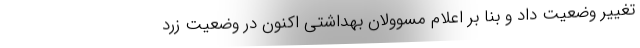
تغییر وضعیت داد و بنا بر اعلام مسوولان بهداشتی اکنون در وضعیت زرد